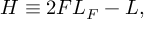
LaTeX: { \cal H } \equiv 2 F { \cal L } _ { F } - { \cal L } ,